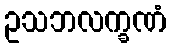
ဥသဘလက္ခဏံ